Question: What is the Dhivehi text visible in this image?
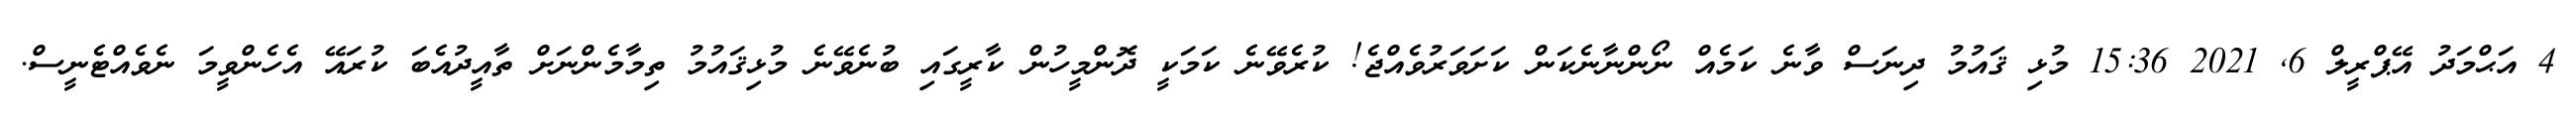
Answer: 4 އަޙްމަދު އޭޕްރީލް 6, 2021 15:36 މުޅި ޤައުމު ދިނަސް ވާނެ ކަމެއް ނޯންނާނެކަން ކަށަވަރުވެއްޖެ! ކުރެވޭނެ ކަމަކީ ދޮންމީހުން ކާރީގައި ބުނެވޭނެ މުޅިޤައުމު ތިމާމެންނަށް ތާއީދުއެބަ ކުރައޭ އެހެންވީމަ ނެވެއްޓެނީސް.